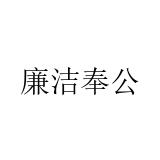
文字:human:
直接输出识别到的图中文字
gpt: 廉洁奉公